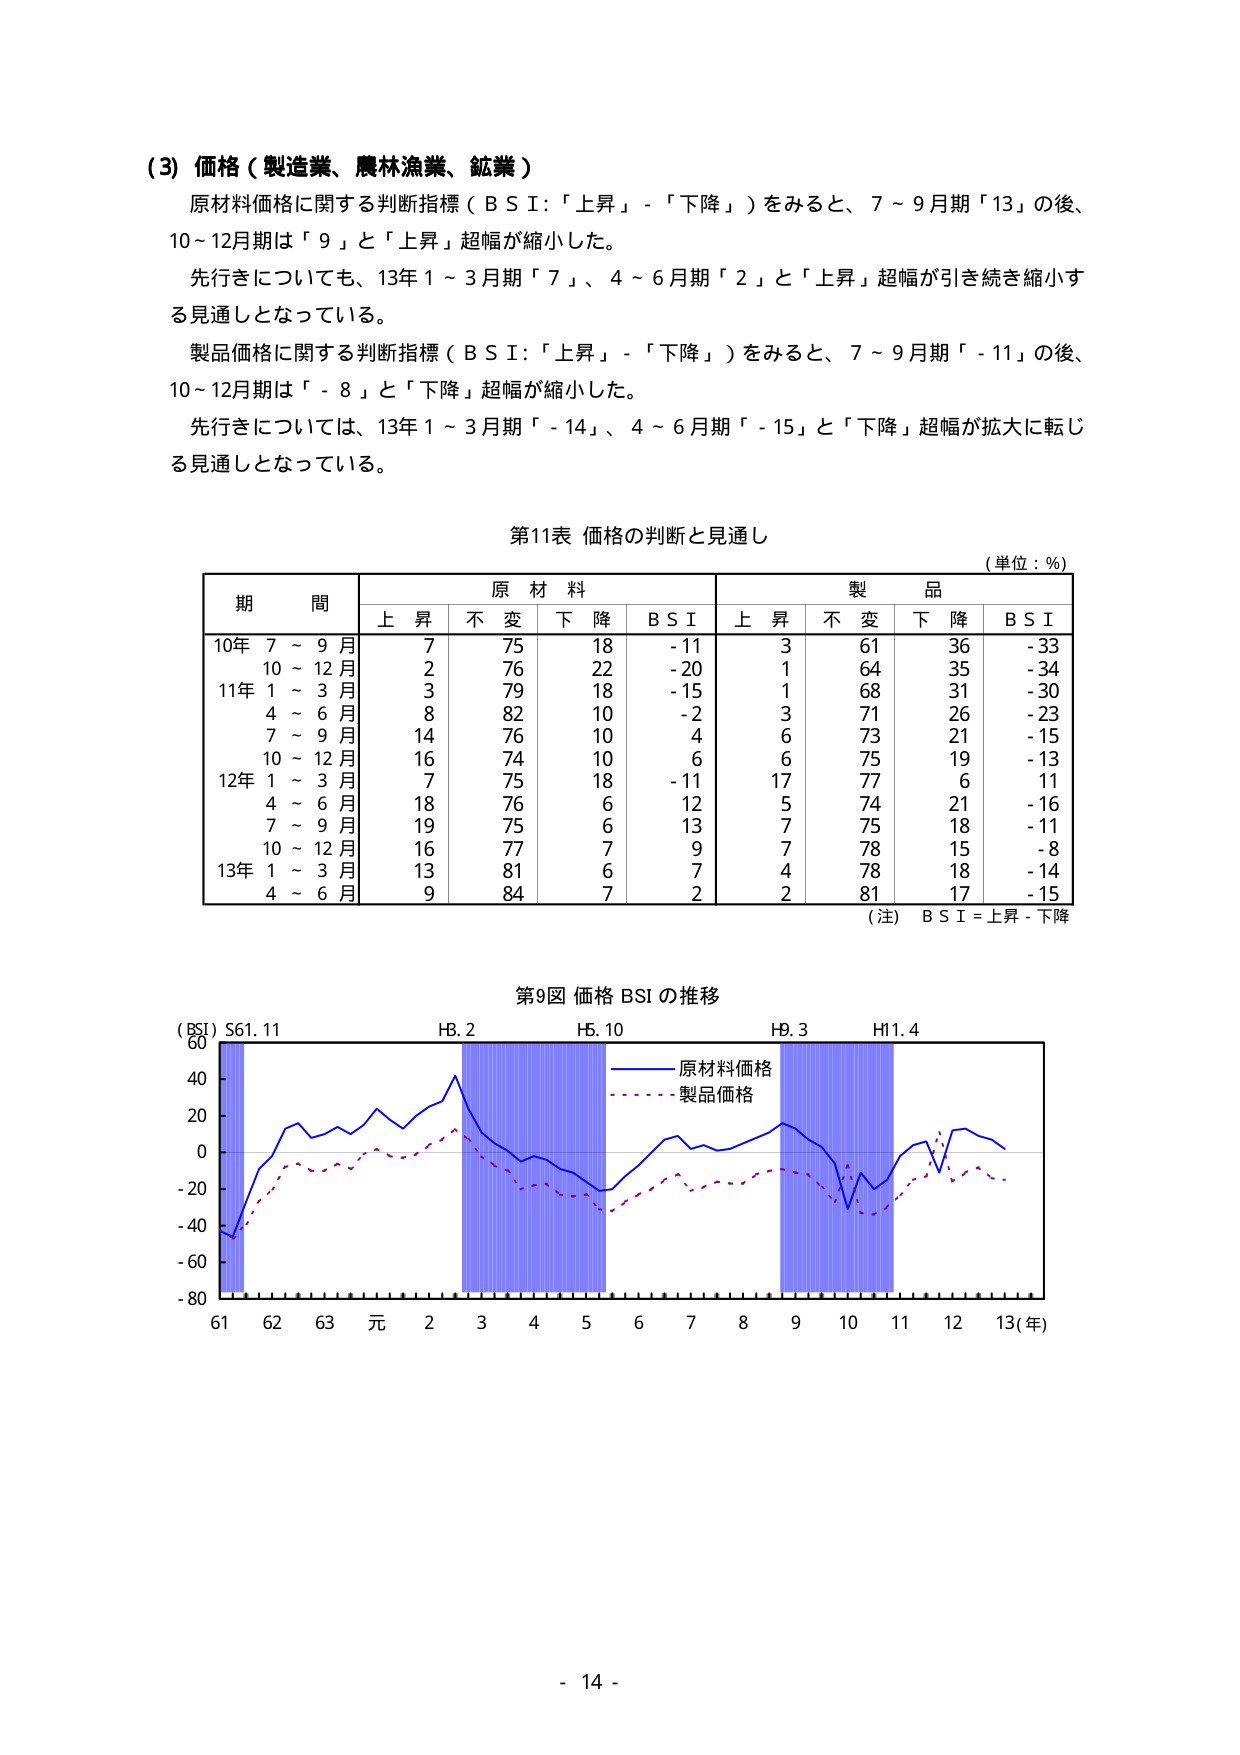
(3) 価格（製造業、農林漁業、鉱業）

原材料価格に関する判断指標（ＢＳＩ：「上昇」－「下降」）をみると、7～9月期「13」の後、
10～12月期は「9」と「上昇」超幅が縮小した。
先行きについても、13年1～3月期「7」、4～6月期「2」と「上昇」超幅が引き続き縮小す
る見通しとなっている。

製品価格に関する判断指標（ＢＳＩ：「上昇」－「下降」）をみると、7～9月期「-11」の後、
10～12月期は「-8」と「下降」超幅が縮小した。
先行きについては、13年1～3月期「-14」、4～6月期「-15」と「下降」超幅が拡大に転じ
る見通しとなっている。

第11表 価格の判断と見通し
（単位：％）

期 間　　　　　原材料　　　　　　　　　　　製 品
　　　　　　上昇　不変　下降　ＢＳＩ　　上昇　不変　下降　ＢＳＩ

10年 7～9月　　　7　　75　　18　　-11　　　3　　61　　36　　-33
　　 10～12月　　 2　　76　　22　　-20　　　1　　64　　35　　-34
11年 1～3月　　　3　　79　　18　　-15　　　1　　68　　31　　-30
　　 4～6月　　　 8　　82　　10　　-2　　　 3　　71　　26　　-23
　　 7～9月　　　14　　76　　10　　 4　　　 6　　73　　21　　-15
　　 10～12月　　16　　74　　10　　 6　　　 6　　75　　19　　-13
12年 1～3月　　　7　　75　　18　　-11　　17　　77　　 6　　 11
　　 4～6月　　　18　　76　　 6　　 12　　 5　　74　　21　　-16
　　 7～9月　　　19　　75　　 6　　 13　　 7　　75　　18　　-11
　　 10～12月　　16　　77　　 7　　 9　　　 7　　78　　15　　-8
13年 1～3月　　　13　　81　　 6　　 7　　　 4　　78　　18　　-14
　　 4～6月　　　 9　　84　　 7　　 2　　　 2　　81　　17　　-15

（注）ＢＳＩ＝上昇－下降

第9図 価格 BSI の推移

（BSI）S61.11